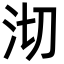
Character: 沏